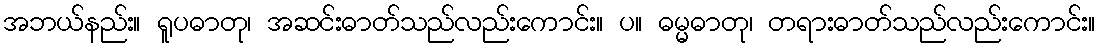
အဘယ်နည်း။ ရူပဓာတု၊ အဆင်းဓာတ်သည်လည်းကောင်း။ ပ။ ဓမ္မဓာတု၊ တရားဓာတ်သည်လည်းကောင်း။